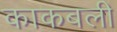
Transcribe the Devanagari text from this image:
काकबली